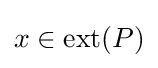
x\in {\textrm {ext}}(P)